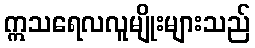
ဣသရေလလူမျိုးများသည်